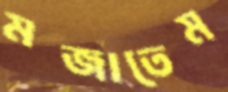
মজাতেম